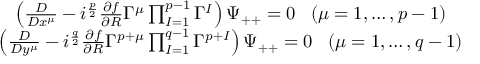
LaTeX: \begin{array} { c } { { \left( { \frac { D } { D x ^ { \mu } } } - i ^ { \frac { p } { 2 } } { \frac { \partial f } { \partial R } } \Gamma ^ { \mu } \prod _ { I = 1 } ^ { p - 1 } \Gamma ^ { I } \right) \Psi _ { + + } = 0 \; \; \; ( \mu = 1 , \ldots , p - 1 ) } } \\ { { \left( { \frac { D } { D y ^ { \mu } } } - i ^ { \frac { q } { 2 } } { \frac { \partial f } { \partial R } } \Gamma ^ { p + \mu } \prod _ { I = 1 } ^ { q - 1 } \Gamma ^ { p + I } \right) \Psi _ { + + } = 0 \; \; \; ( \mu = 1 , \ldots , q - 1 ) } } \end{array}